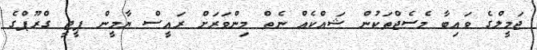
ޖަމީލްގެ ވައިބާ މެސެޖްތަކުން ޝައްކެއް ނެތް މިންވަރަށް ރައީސް ޔާމީން ޕީޖީ ގްރޫޕްގެ